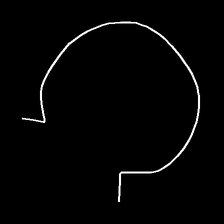
Glyph: weave